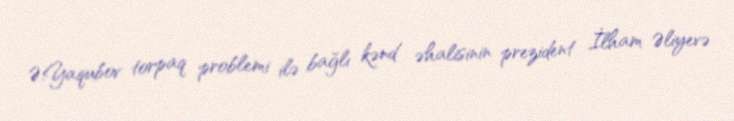
Ə.Yaqubov torpaq problemi ilə bağlı kənd əhalisinin prezident İlham Əliyevə